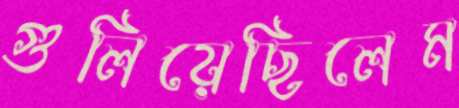
গুলিয়েছিলেম